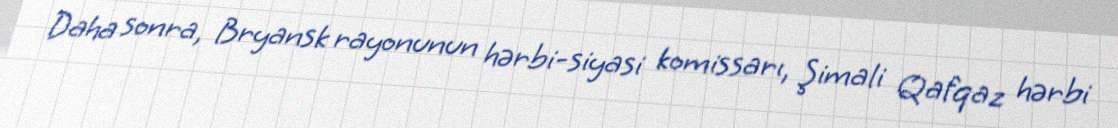
Daha sonra, Bryansk rayonunun hərbi-siyasi komissarı, Şimali Qafqaz hərbi